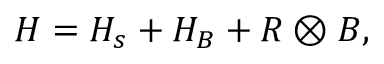
H = H _ { s } + H _ { B } + R \otimes B ,